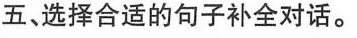
五、选择合适的句子补全对话.。